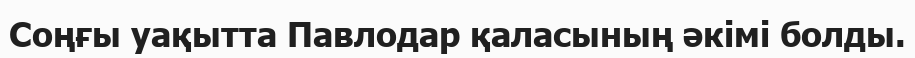
Соңғы уақытта Павлодар қаласының әкімі болды.